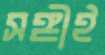
সঙ্গীই